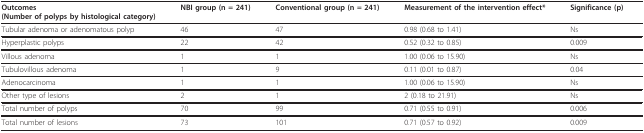
<table><thead><tr><td><b>Outcomes(Number of polyps by histological category)</b></td><td><b>NBI group (n = 241)</b></td><td><b>Conventional group (n = 241)</b></td><td><b>Measurement of the intervention effect*</b></td><td><b>Significance (p)</b></td></tr></thead><tbody><tr><td>Tubular adenoma or adenomatous polyp</td><td>46</td><td>47</td><td>0.98 (0.68 to 1.41)</td><td>Ns</td></tr><tr><td>Hyperplastic polyps</td><td>22</td><td>42</td><td>0.52 (0.32 to 0.85)</td><td>0.009</td></tr><tr><td>Villous adenoma</td><td>1</td><td>1</td><td>1.00 (0.06 to 15.90)</td><td>Ns</td></tr><tr><td>Tubulovillous adenoma</td><td>1</td><td>9</td><td>0.11 (0.01 to 0.87)</td><td>0.04</td></tr><tr><td>Adenocarcinoma</td><td>1</td><td>1</td><td>1.00 (0.06 to 15.90)</td><td>Ns</td></tr><tr><td>Other type of lesions</td><td>2</td><td>1</td><td>2 (0.18 to 21.91)</td><td>Ns</td></tr><tr><td>Total number of polyps</td><td>70</td><td>99</td><td>0.71 (0.55 to 0.91)</td><td>0.006</td></tr><tr><td>Total number of lesions</td><td>73</td><td>101</td><td>0.71 (0.57 to 0.92)</td><td>0.009</td></tr></tbody></table>